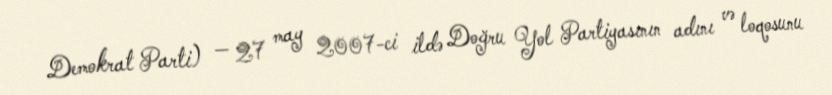
Demokrat Parti) — 27 may 2007-ci ildə Doğru Yol Partiyasının adını və loqosunu